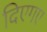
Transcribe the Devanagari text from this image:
दिएगए